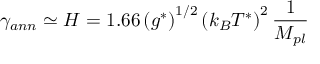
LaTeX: \gamma _ { a n n } \simeq H = 1 . 6 6 \left( g ^ { * } \right) ^ { 1 / 2 } \left( k _ { B } T ^ { * } \right) ^ { 2 } \frac { 1 } { M _ { p l } }